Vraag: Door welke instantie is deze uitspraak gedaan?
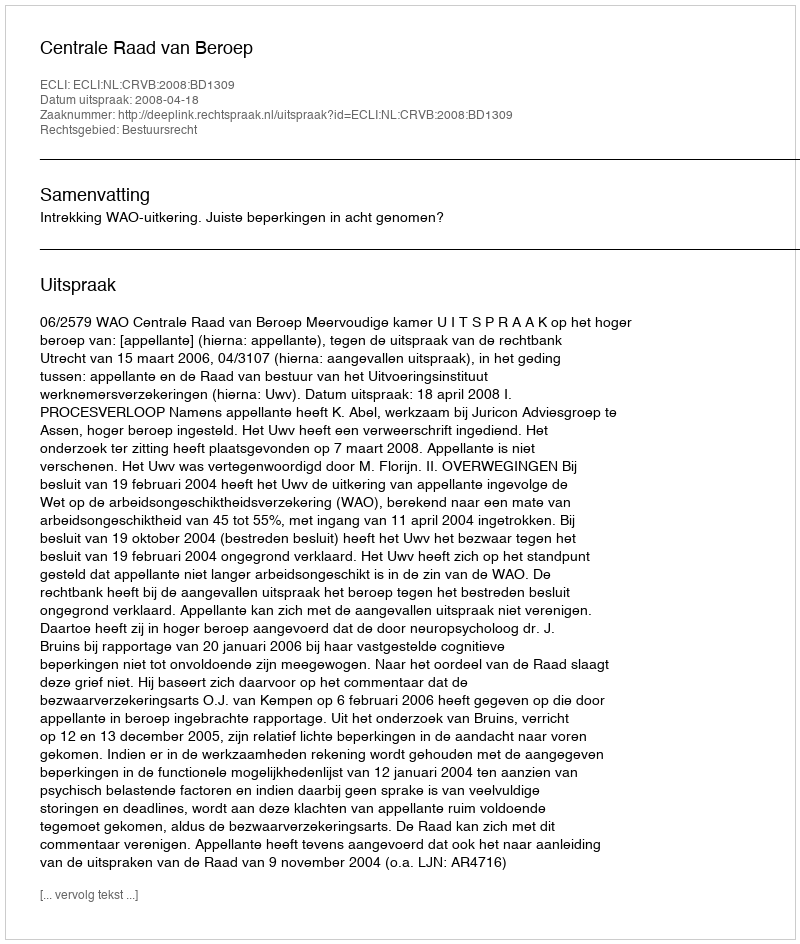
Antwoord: Centrale Raad van Beroep